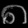
Digit: ၈